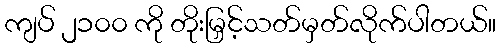
ကျပ် ၂၁၀၀ ကို တိုးမြှင့်သတ်မှတ်လိုက်ပါတယ်။